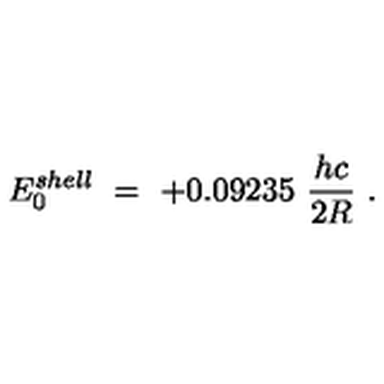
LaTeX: E _ { 0 } ^ { s h e l l } \ = \ + 0 . 0 9 2 3 5 \ \frac { h c } { 2 R } \ .